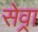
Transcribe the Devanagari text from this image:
सेव्रा